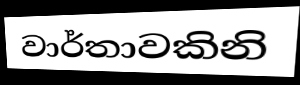
වාර්තාවකිනි